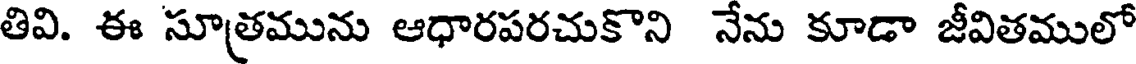
తివి. ఈ సూత్రమును ఆధారపరచుకొని నేను కూడా జీవితములో